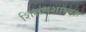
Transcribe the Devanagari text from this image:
शिक्षणशास्त्रज्ञ